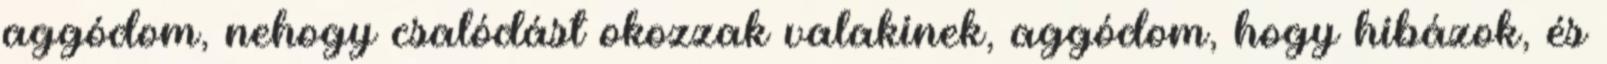
aggódom, nehogy csalódást okozzak valakinek, aggódom, hogy hibázok, és